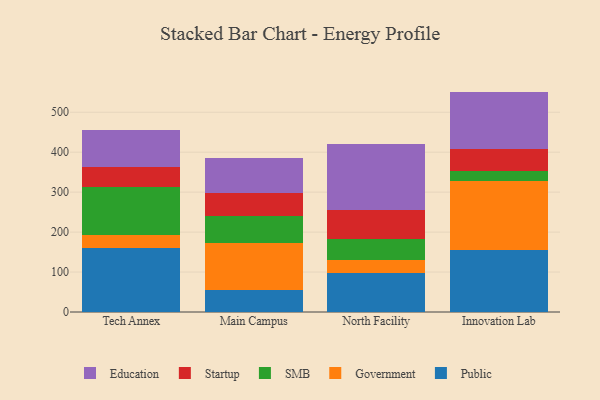
{"axis": {"x": "Campus", "y": "Production Output"}, "legend": ["Education", "Government", "Public", "SMB", "Startup"], "data": [{"x": "Tech Annex", "y": 160.9, "type": "Public"}, {"x": "Tech Annex", "y": 32.9, "type": "Government"}, {"x": "Tech Annex", "y": 118.8, "type": "SMB"}, {"x": "Tech Annex", "y": 50.8, "type": "Startup"}, {"x": "Tech Annex", "y": 91.8, "type": "Education"}, {"x": "Main Campus", "y": 56.3, "type": "Public"}, {"x": "Main Campus", "y": 115.6, "type": "Government"}, {"x": "Main Campus", "y": 67.3, "type": "SMB"}, {"x": "Main Campus", "y": 59.6, "type": "Startup"}, {"x": "Main Campus", "y": 87.7, "type": "Education"}, {"x": "North Facility", "y": 97.8, "type": "Public"}, {"x": "North Facility", "y": 32.2, "type": "Government"}, {"x": "North Facility", "y": 53.3, "type": "SMB"}, {"x": "North Facility", "y": 71.9, "type": "Startup"}, {"x": "North Facility", "y": 165.2, "type": "Education"}, {"x": "Innovation Lab", "y": 155.9, "type": "Public"}, {"x": "Innovation Lab", "y": 172.9, "type": "Government"}, {"x": "Innovation Lab", "y": 23.0, "type": "SMB"}, {"x": "Innovation Lab", "y": 56.6, "type": "Startup"}, {"x": "Innovation Lab", "y": 143.3, "type": "Education"}]}